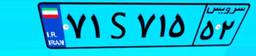
۷۱S۷۱۵۵۲